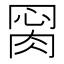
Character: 𦛂